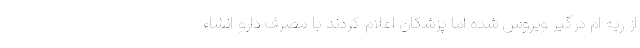
از ریه ام درگیر ویروس شده اما پزشکان اعلام کردند با مصرف دارو انشاء